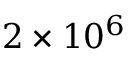
2 \times 1 0 ^ { 6 }